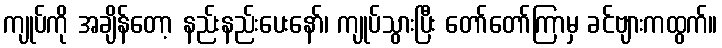
ကျုပ်ကို အချိန်တော့ နည်းနည်းပေးနော်၊ ကျုပ်သွားပြီး တော်တော်ကြာမှ ခင်ဗျားကထွက်။